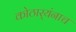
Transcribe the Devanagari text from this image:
कोठार्‍यंनाच